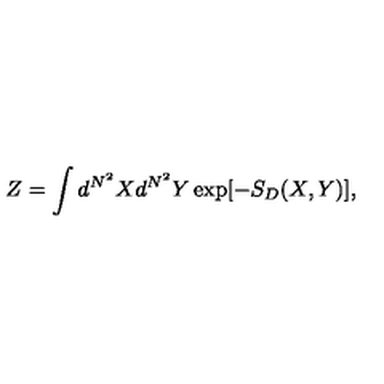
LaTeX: Z = \int d ^ { N ^ { 2 } } X d ^ { N ^ { 2 } } Y \exp [ - S _ { D } ( X , Y ) ] ,